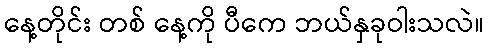
နေ့တိုင်း တစ် နေ့ကို ပီကေ ဘယ်နှခုဝါးသလဲ။